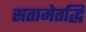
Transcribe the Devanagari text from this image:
सतामेतद्धि